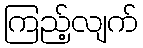
ကြည့်လျက်